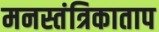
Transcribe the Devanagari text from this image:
मनस्तंत्रिकाताप